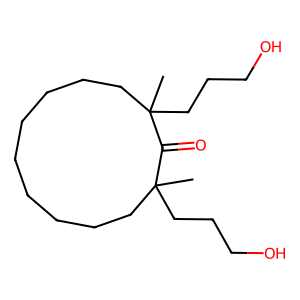
SMILES: CC1(CCCO)CCCCCCCCCC(C)(CCCO)C1=O
Inhibits HIV replication: No